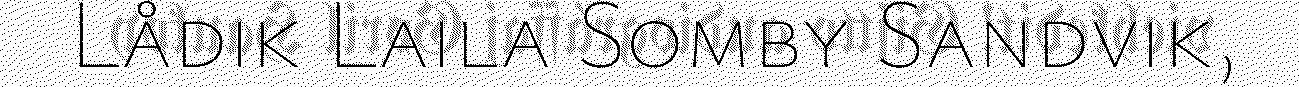
Lådik Laila Somby Sandvik,